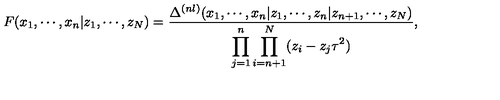
F ( x _ { 1 } , \cdots , x _ { n } | z _ { 1 } , \cdots , z _ { N } ) = \frac { \Delta ^ { ( n l ) } ( x _ { 1 } , \cdots , x _ { n } | z _ { 1 } , \cdots , z _ { n } | z _ { n + 1 } , \cdots , z _ { N } ) } { \displaystyle \prod _ { j = 1 } ^ { n } \prod _ { i = n + 1 } ^ { N } ( z _ { i } - z _ { j } \tau ^ { 2 } ) } ,